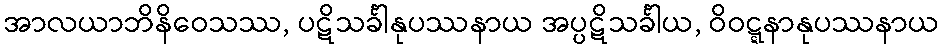
အာလယာဘိနိဝေသဿ, ပဋိသင်္ခါနုပဿနာယ အပ္ပဋိသင်္ခါယ, ဝိဝဋ္ဋနာနုပဿနာယ